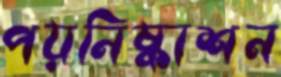
পয়নিষ্কাশন